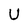
Character: U